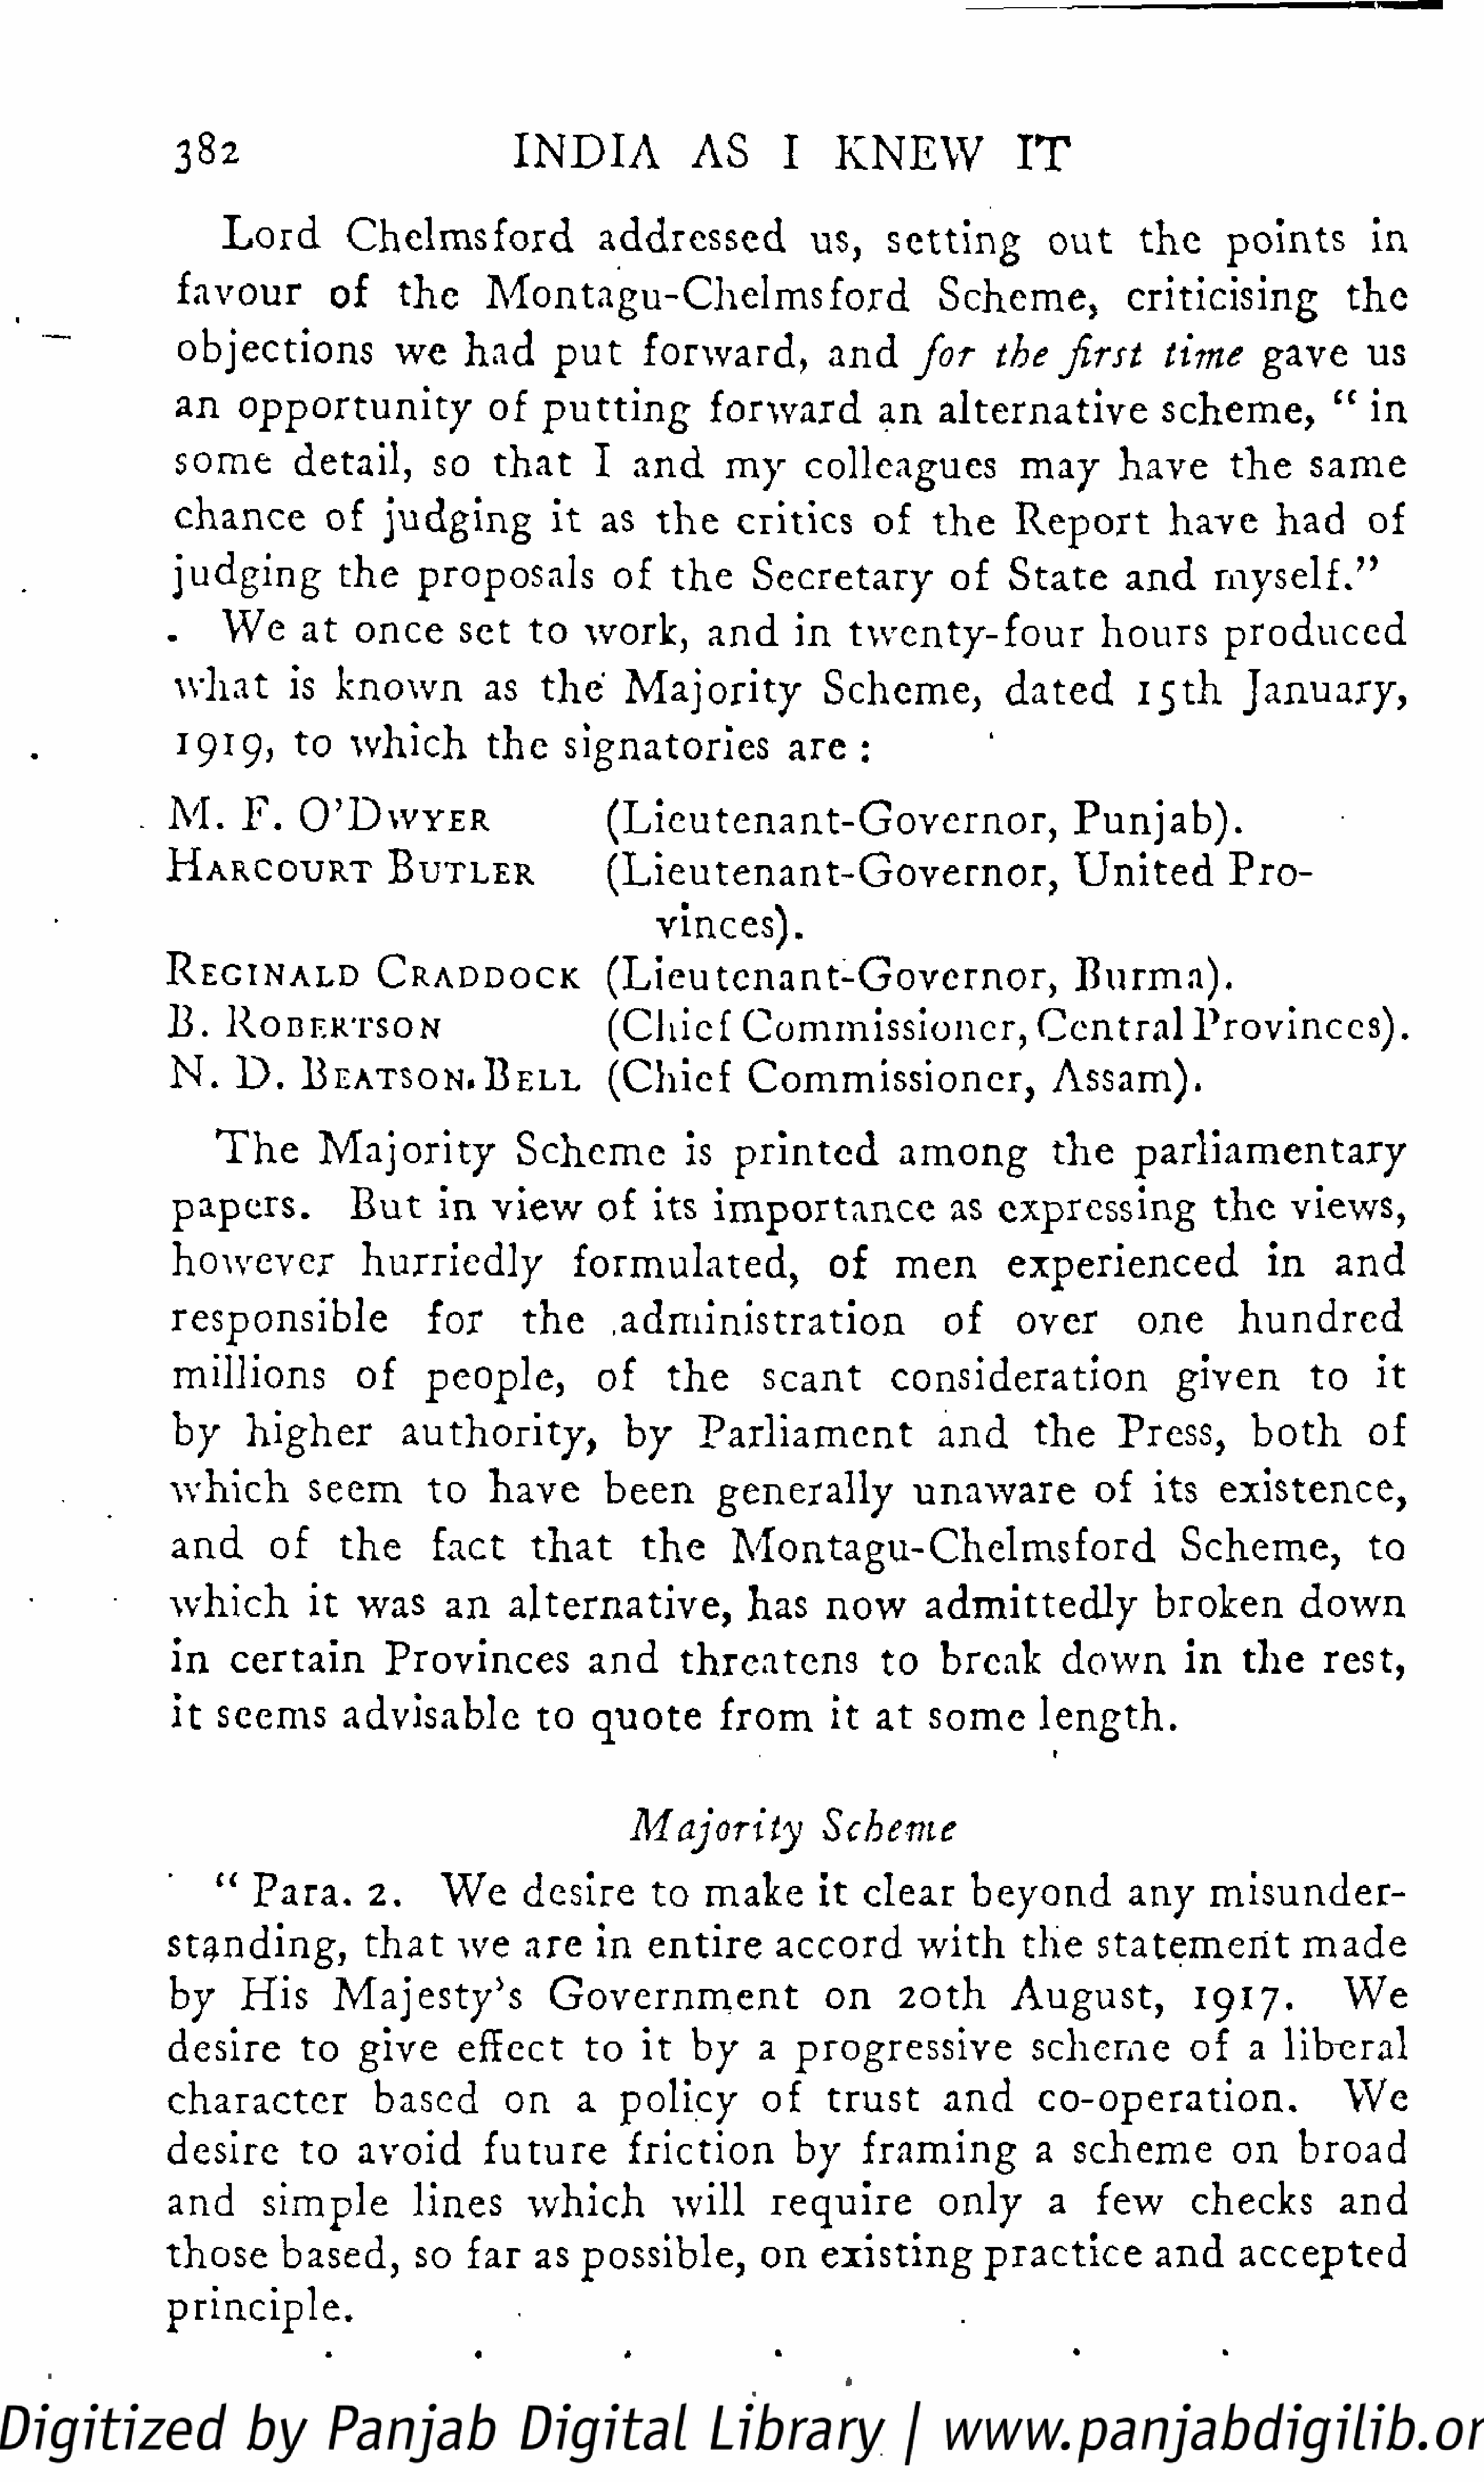
382                                      I N    D   IA        AS         I     K   N    EW           IT
 Lord           Chelmsford                    addressed                us,      setting            out        the       points           in
 favour             of      the        Montagu-Chelmsford                                    Scheme,               criticising                the
 objections                 we      had        put       forward,              and       for       the      first      time        gave         us
 an      opportunity                  of     p  u  t t i ng      forward             an     alternative                scheme,             "    in
 some          detail,          so     that        I    and        my       colleagues                may        have          the      same
 chance            of     judging             it    as     the      critics         of      the      Report            have         had        of
 judging             the      proposals              of     the       Secretary               of     State         and       myself."
 .      We        at    once        set      to    work,          and       in     twenty-four                   hours          produced
 what          is    known            as     the       Majority                Scheme,              dated           15th         January,
 1919,          to    which           the      signatories                are      :
 M.       F.                                         (Lieutenant-Governor,                                    Punjab).
 O   ' D  W   Y  ER
 (Lieutenant-Governor,                                   U   n  i t ed     Pro
 HARCOURT                   BUTLER
 vinces).
 (Lieutenant-Governor,                                   Burma).
 RECINALD                 CRADDOCK
 B.                                                   (Chief          Commissioner,                       Central           Provinces).
 RODERTSON
 N.      D.                                          (Chief           Commissioner,                       Assam).
 BEATSON.BELL
 T   he      Majority               Scheme              is    printed             among             the        parliamentary
 papers.              But       in    view         of     its    importance                  as    expressing                t he     views,
 however               hurriedly                 formulated,                   of       men          experienced                    in      and
 responsible                   for         the       .administration                         of       over           one         hundred
 millions              of      people,              of      the         scant          consideration                     given           to      it
 by      higher             authority,                 by      Parliament                   and        the       Press,          both          of
 which           seem          to     have          been         generally               unaware              of      its     existence,
 and        of       t he      fact        t h  at      t he      Montagu-Chelmsford                                    Scheme,                to
 which           it    was       an      alternative,                has       now        admittedly                  broken            down
 in     certain           Provinces                and       threatens               to     break          down          in     the       rest,
 it   seems          advisable              to     quote          from         it   at    some          length.
 I
 Majority                Scheme
 "    Para.         2.      We        desire         to    make          it   clear        beyond            any        misunder
 standing,               that       we     are      in    entire         accord           with         the     statement                made
 J
 by      His        Majesty            s     Government                       on       20th         August,               1917.              We
 desire          to     give        effect         to    it    by      a   progressive                  scheme             of     a   litreral
 character                based           on      a    policy           of      trust         and        co-operation.                        We
 desire          to     avoid          future           friction            by      framing              a   scheme             on       broad
 and         simple            lines        which            will        require             only         a     few        checks             and
 those         based,         so     far     as    possible,            on     existing            practice            and       accepted
 principle.
 •                 •                  «                 •                                   •                 *
 1